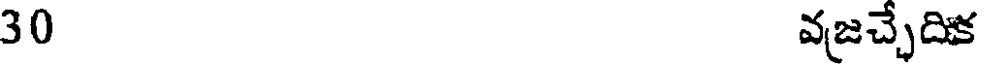
30 వజచ్చెదిక